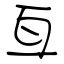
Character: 亙